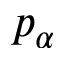
p _ { \alpha }